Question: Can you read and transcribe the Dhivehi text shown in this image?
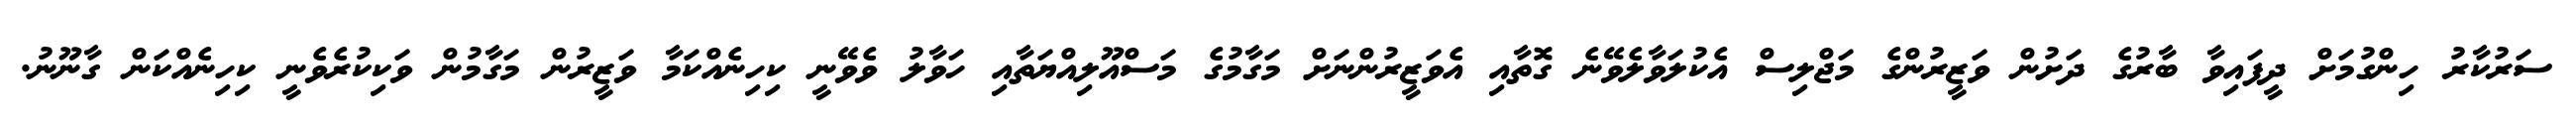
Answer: ސަރުކާރު ހިންގުމަށް ދީފައިވާ ބާރުގެ ދަށުން ވަޒީރުންގެ މަޖްލިސް އެކުލަވާލެވޭނެ ގޮތާއި އެވަޒީރުންނަށް މަގާމުގެ މަސްއޫލިއްޔަތާއި ހަވާލު ވެވޭނީ ކިހިނެއްކަމާ ވަޒީރުން މަގާމުން ވަކިކުރެވެނީ ކިހިނެއްކަން ގާނޫނު.